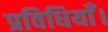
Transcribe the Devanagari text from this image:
प्रविधियाँ।